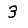
Digit: 3